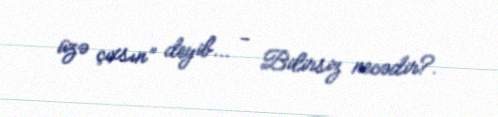
üzə çıxsın” deyib... - Bilirsiz necədir?.